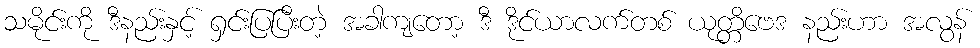
သမိုင်းကို ဒီနည်းနှင့် ရှင်းပြပြီးတဲ့ အခါကျတော့ ဒီ ဒိုင်ယာလက်တစ် ယုတ္တိဗေဒ နည်းဟာ အလွန်